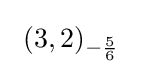
\ (3,2)_{-{\frac {5}{6}}}\